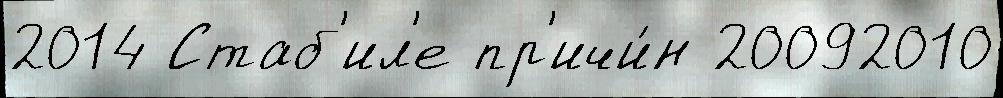
2014 Стаб'ил'е пр'ичи́н 20092010